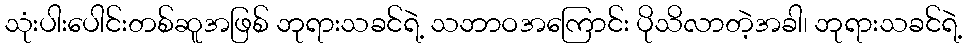
သုံးပါးပေါင်းတစ်ဆူအဖြစ် ဘုရားသခင်ရဲ့ သဘာဝအကြောင်း ပိုသိလာတဲ့အခါ၊ ဘုရားသခင်ရဲ့